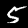
Digit: 5